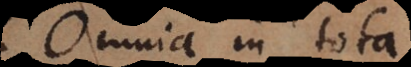
Omnia in tota